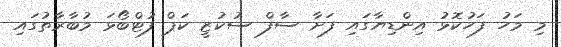
މި މަހު ފަހުކޮޅު އިންޑިޔާގައި ފަށާ ސާފް ސުކުޒީ ކަޕް ފުޓްބޯޅަ މުބާރާތުގައި